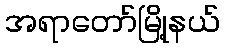
အရာတော်မြို့နယ်